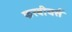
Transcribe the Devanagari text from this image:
फरबीयर्स